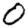
Digit: 0